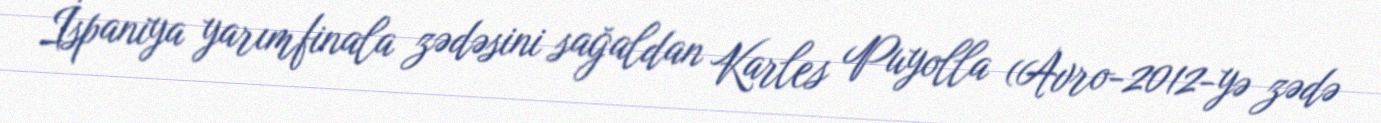
İspaniya yarımfinala zədəsini sağaldan Karles Puyolla (Avro-2012-yə zədə